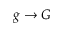
g \rightarrow G